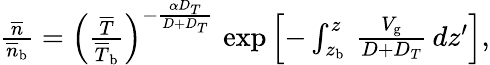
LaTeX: \begin{array}{r}{{\frac{\overline{{n}}}{\overline{{n}}_{\mathrm{b}}}}=\left({\frac{\overline{{T}}}{\overline{{T}}_{\mathrm{b}}}}\right)^{-{\frac{\alpha D_{T}}{D+D_{T}}}}\, \exp\left[-\int_{z_{\mathrm{b}}}^{z}\, {\frac{V_{\mathrm{g}}}{D+D_{T}}}\, dz^{\prime}\right],}\end{array}